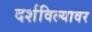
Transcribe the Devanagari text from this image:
दर्शविल्यावर